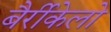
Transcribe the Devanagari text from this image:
बैर्रीकेलो